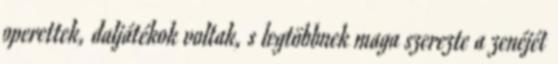
operettek, daljátékok voltak, s legtöbbnek maga szerezte a zenéjét